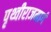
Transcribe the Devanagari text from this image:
पृथ्वीराजमार्ग